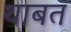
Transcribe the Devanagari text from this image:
थाबत